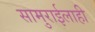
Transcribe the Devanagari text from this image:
सामुराईलाही